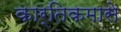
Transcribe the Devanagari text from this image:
कार्तिकमासे